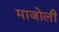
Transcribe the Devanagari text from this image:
माजोली